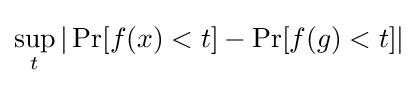
\sup _{t}|\Pr[f(x)<t]-\Pr[f(g)<t]|